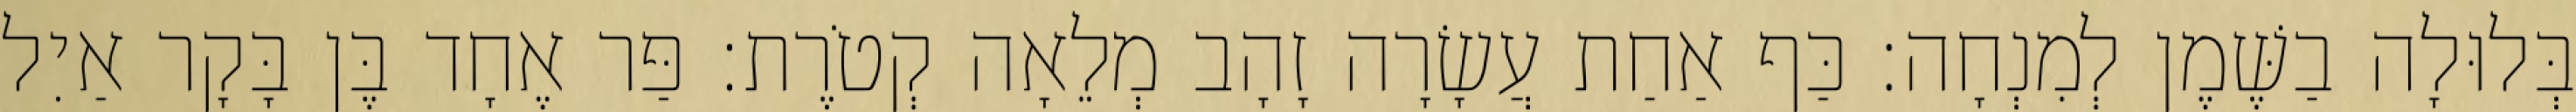
בְּלוּלָה בַשֶּׁמֶן לְמִנְחָה׃ כַּף אַחַת עֲשָׂרָה זָהָב מְלֵאָה קְטֹרֶת׃ פַּר אֶחָד בֶּן בָּקָר אַיִל